Civil Veterinary Department. United Provinces 1923-31 - 1923-1931
Year: 1923
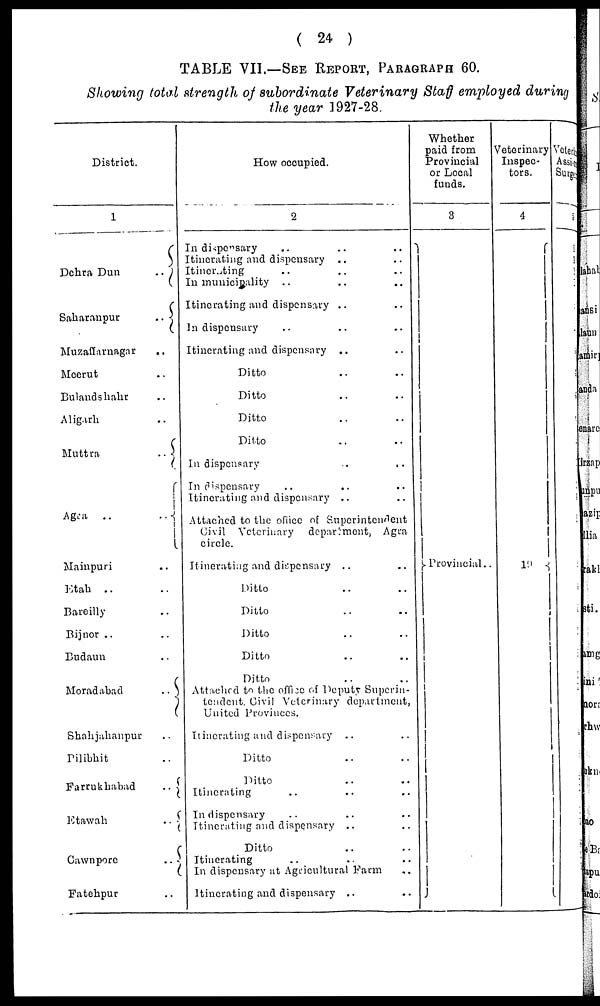
(24)
TABLE VII.—SEE REPORT, PATAGRAPHS 60.
Showing total strength of subordinate Veterinary Staff employed during
the year 1927-28.
District.
1
Dehra Dun
..
Saharanpur
..
Muzaffarnagar
..
Mcerut
..
Bulandshahr
..
Aligarh
..
Muttra
..
Agea
..
..
Mainpuri
..
Etah ..
..
Bareilly
..
Bijnor ..
..
Budaun
..
Moradabad
..
Shahjahanpur
..
Pilibhit
..
Farrukhabad
..
Etawah..
Cawnpore..
Fatehpur
..
How occupied.
2
In dispensary
..
..
..
Itinerating and dispensary .. ..
Itincrating .. .. ..
In municipality .. .. ..
Itinerating and dispensary .. ..
In dispensary .. .. ..
Itinerating and dispensary .. ..
Ditto .. ..
Ditto .. ..
Ditto .. ..
Ditto .. ..
In dispensary .. ..
In dispensary .. .. ..
Itinerating and dispensary .. ..
Attached to the office of Superintendent
Civil Veterinary departmont, Agra
circle.
Itinerating and dispensary .. ..
Ditto .. ..
Ditto .. ..
Ditto .. ..
Ditto .. ..
Ditto .. ..
Attached to the office of Deputy Superin-
tendent. Civil Veterinary department,
United Provinces.
Itinerating and dispensary .. ..
Ditto .. ..
Ditto .. ..
Itinerating .. .. ..
In dispensary .. .. ..
Itinerating and dispensary .. ..
Ditto .. ..
Itinerating .. .. ..
In dispensary at Agricultural Farm ..
Itinerating and dispensary .. ..
Whether
paid from
Provincial
or Local
funds.
8
Provincial..
Veterinary
Inspec-
tors.
4
19
Veleri
Assis
Surge
5